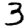
Digit: 3